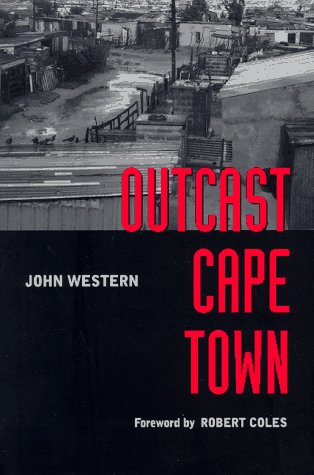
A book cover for Outcast Cape Town; John Western; Travel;